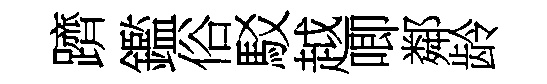
躋鑑俗駁越唧鄰龄